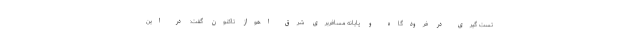
تست گیری در فرودگاه و پایانه مسافربری شرق اهواز تاکنون گفت: در این